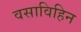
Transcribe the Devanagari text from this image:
वसाविहिन